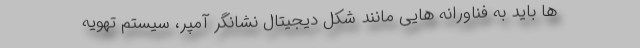
ها باید به فناورانه هایی مانند شکل دیجیتال نشانگر آمپر، سیستم تهویه